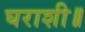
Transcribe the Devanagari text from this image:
घराशी॥